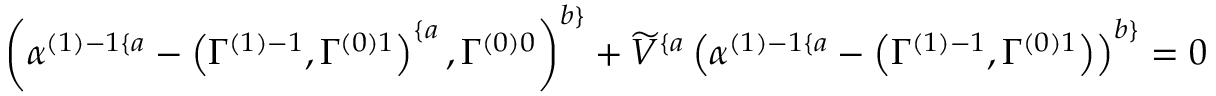
\left( \alpha ^ { \left( 1 \right) - 1 \{ a } - \left( \Gamma _ { } ^ { \left( 1 \right) - 1 } , \Gamma _ { } ^ { \left( 0 \right) 1 } \right) ^ { \{ a } , \Gamma _ { } ^ { \left( 0 \right) 0 } \right) ^ { b \} } + \widetilde { V } ^ { \{ a } \left( \alpha ^ { \left( 1 \right) - 1 \{ a } - \left( \Gamma _ { } ^ { \left( 1 \right) - 1 } , \Gamma _ { } ^ { \left( 0 \right) 1 } \right) \right) ^ { b \} } = 0